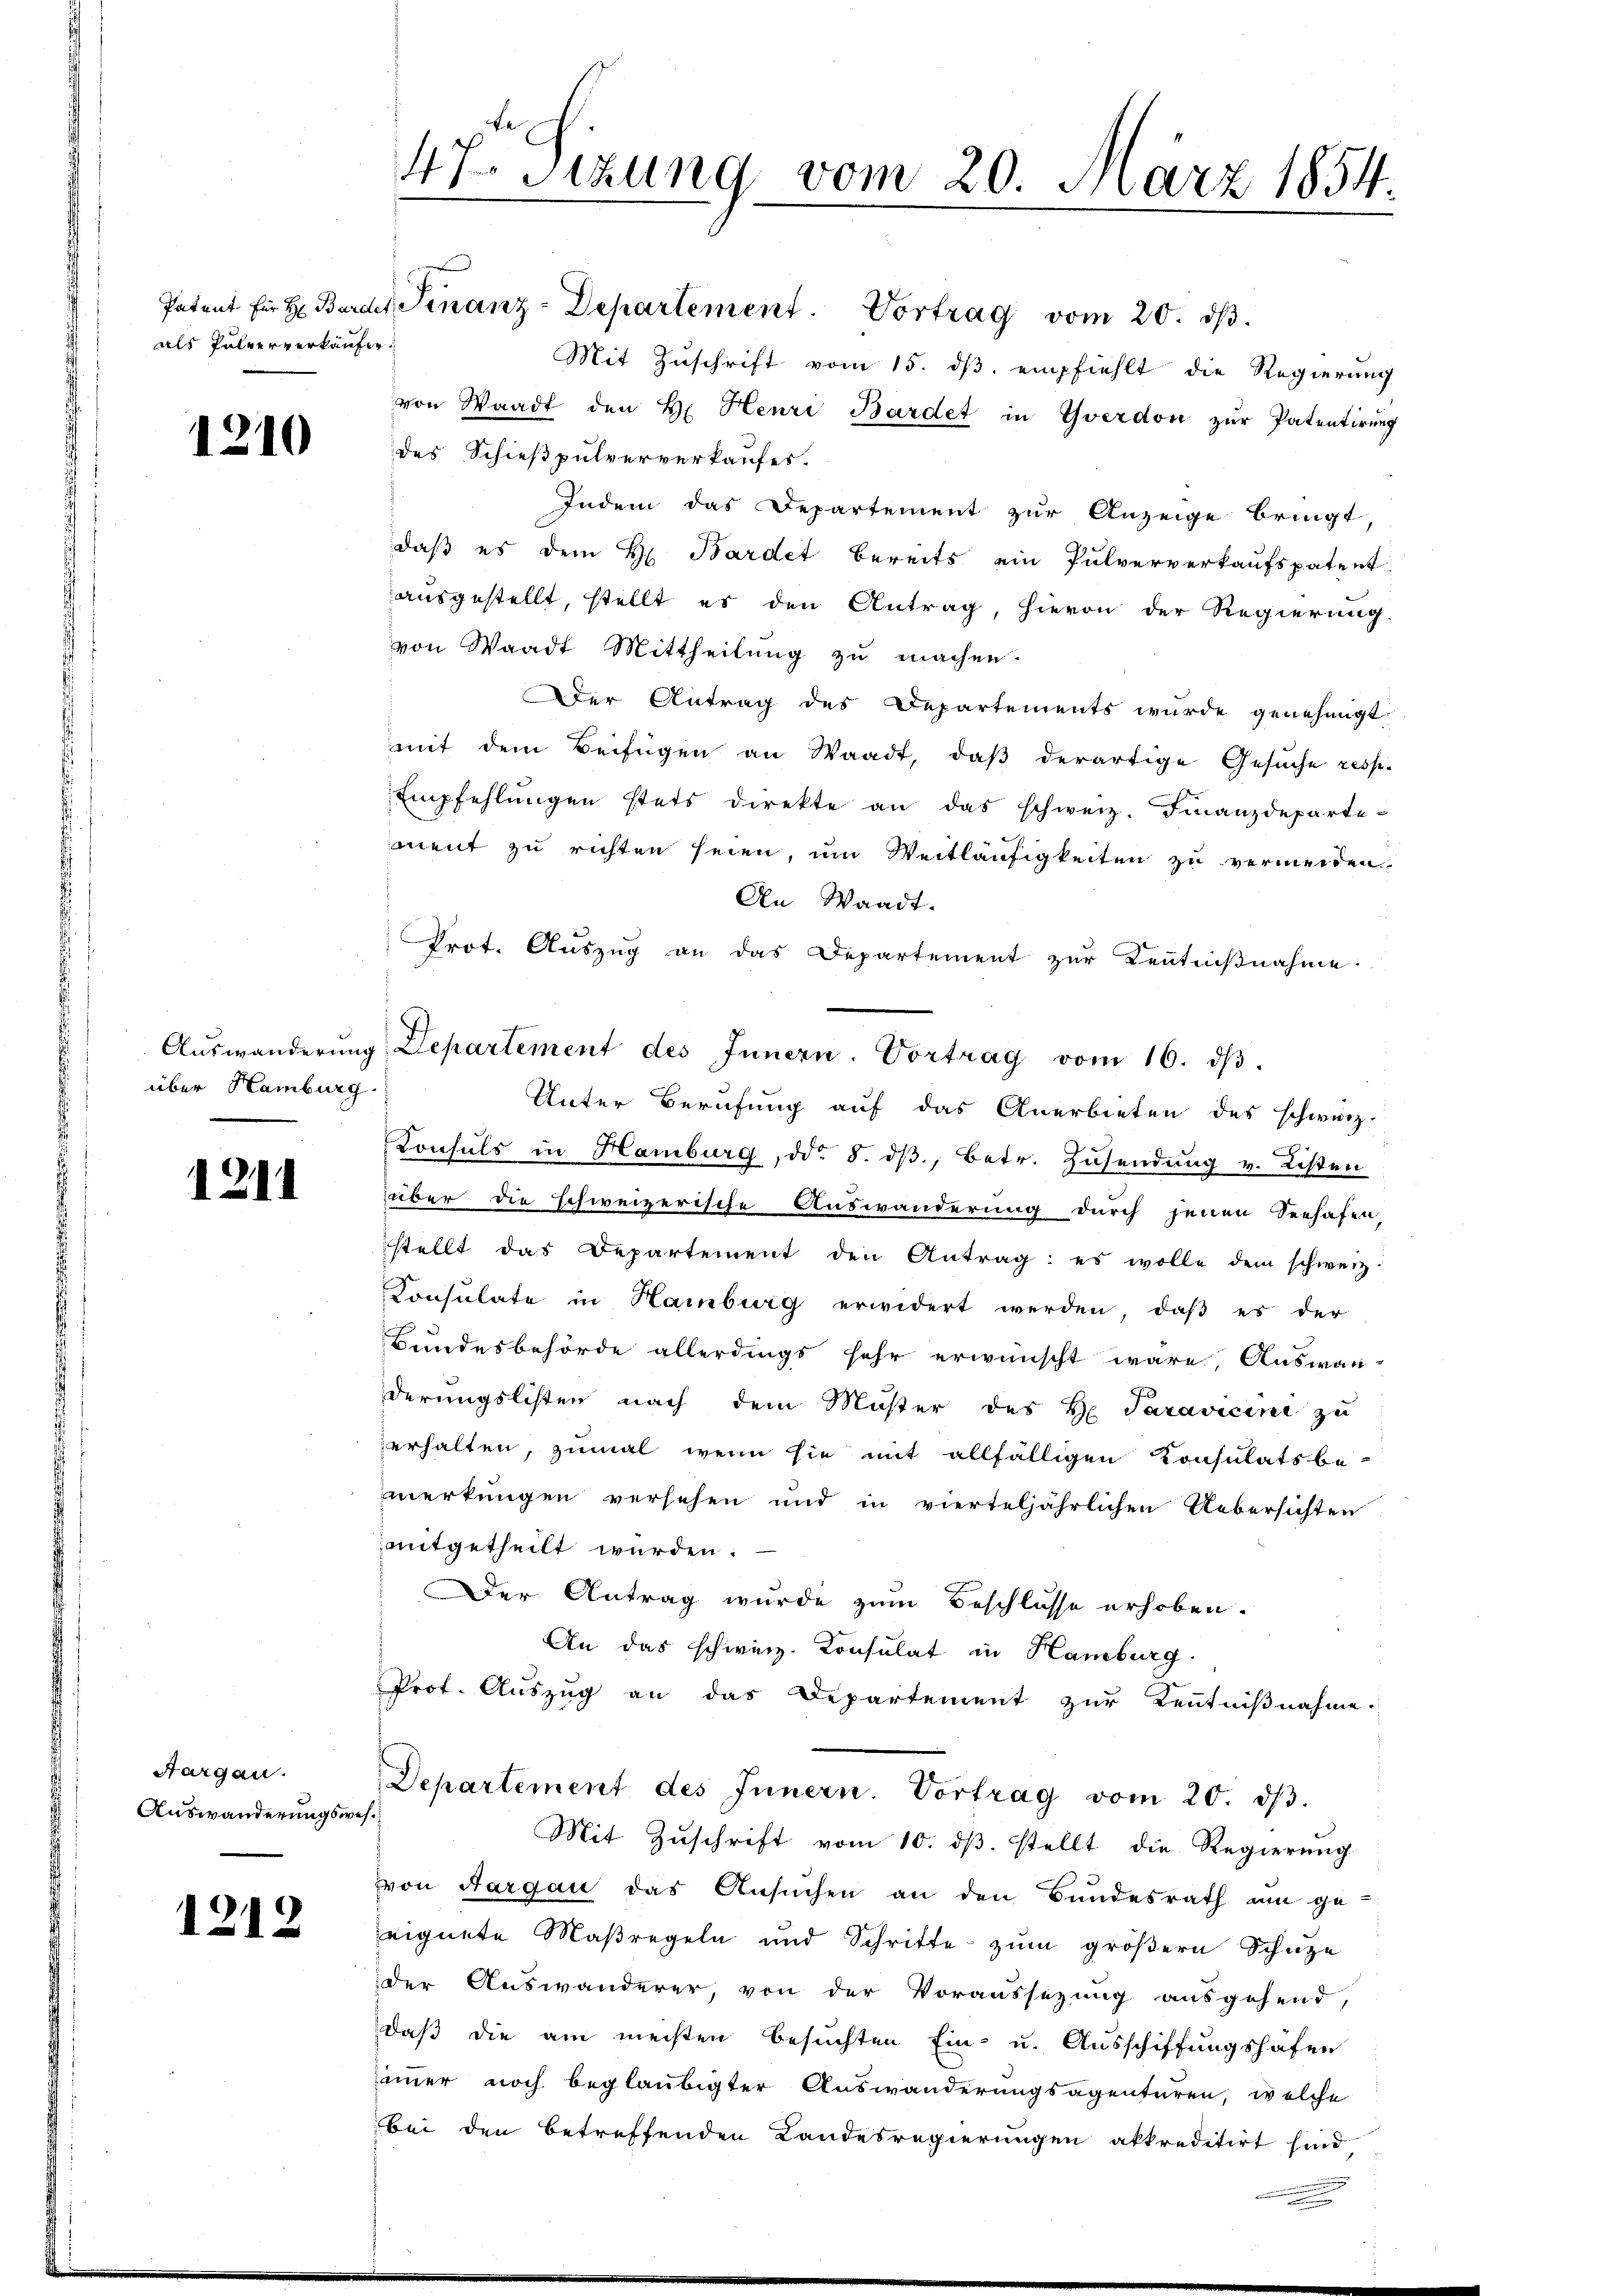
als Pulververkäufer.

1210

über Hamburg.

1211

Aargau.
Auswanderungswes¬

12/

12

47. Sizung vom 20. März 1854.
.

Patent für Hr: Barder Finanz-Departement. Vortrag vom 20. ds.
Mit Zuschrift vom 15. ds. empfiehlt die Regierung
von Waadt den H. Henri Bardet in Yverdon zŭr Patentirŭng
des Schießpulververkaufes.
Indem das Departement zur Anzeige bringt
daß es dem H. Bardet bereits ein Pulververkaufspatent-
ausgestellt, stellt es den Antrag, hievon der Regierung.
von Waadt Mittheilŭng zŭ machen.
er Antrag des Departements wurde genehmigt
mit dem Beifügen an Waadt, daß derartige Gesuche resp.
Empfehlŭngen stets direkte an das schweiz. Finanzdeparte-
ment zu richten seien, um Weitläufigkeiten zu vermeiden.
An Waadt.
Prot. Auszug an das Departement zur Kenntnißnahme.
Aŭswanderŭng Departement des Innern. Vortrag vom 16. dβ
Unter Berufung auf das Anerbieten des schweiz.
Consuls in Hamburg, ddo 5. dβ., Betr. Zusendung v. Listen
über die schweizerische Auswanderung durch jenen Seehafen
stellt das Departement den Antrag: es wolle dem schweiz.
Consulate in Hamburg erwidert werden, daβ es der
Bundesbehörde allerdings sehr erwünscht wäre, Auswanderungslisten nach dem Müster des H. Paravicini zu
erhalten, zumal wenn sie mit allfälligen Konsulatsbe-
merkungen versehen und in vierteljährlichen Uebersichten
mitgetheilt wurden.
Der Antrag wurde zum Beschlüsse erhoben.
An das schweiz. Konsulat in Hamburg.
Prof. Auszug an das Departement zur Kenntnißnahme.
Departement des Innern. Vortrag vom 20. dβ.
Mit Zŭschrift vom 10. dβ. stellt die Regierung
von Aargau das Ansuchen an den Bundesrath am ge-
eeignete Maßregeln und Schritte zum größern Schaze
der Auswanderer, von der Voraussezung ausgehend,
daß die am meisten besuchten Ein- u. Ausschiffungshöfen
iimer noch beglaubigter Auswanderungsagenturen, welche
bei den betreffenden Landesregierungen akkreditirt sind